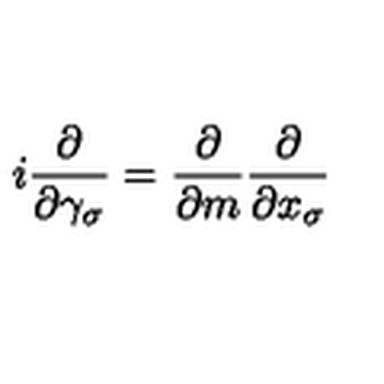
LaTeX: i \frac { \partial } { \partial \gamma _ { \sigma } } = \frac { \partial } { \partial m } \frac { \partial } { \partial x _ { \sigma } }